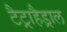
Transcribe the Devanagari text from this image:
टैट्राहैड्राल